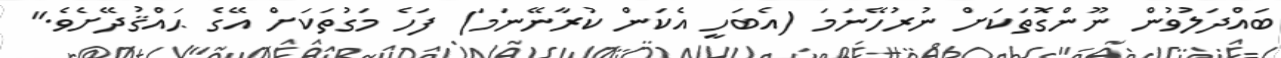
ބައްދަލުވުން ނޫންގޮތަކަށް ނުރުހޭނަމަ (އެބަހީ އެކަން ކުރާނޭނަމަ) ފަހެ މަގުތަކަށް އޭގެ ޙައްޤުދޭށެވެ."